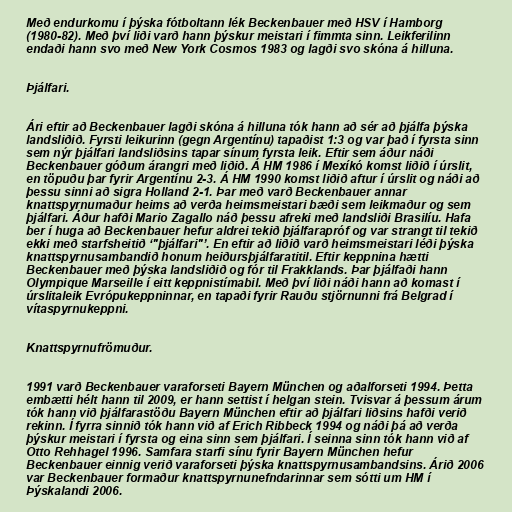
Með endurkomu í þýska fótboltann lék Beckenbauer með HSV í Hamborg
(1980-82). Með því liði varð hann þýskur meistari í fimmta sinn. Leikferilinn
endaði hann svo með New York Cosmos 1983 og lagði svo skóna á hilluna.

Þjálfari.

Ári eftir að Beckenbauer lagði skóna á hilluna tók hann að sér að þjálfa þýska
landsliðið. Fyrsti leikurinn (gegn Argentínu) tapaðist 1:3 og var það í fyrsta sinn
sem nýr þjálfari landsliðsins tapar sínum fyrsta leik. Eftir sem áður náði
Beckenbauer góðum árangri með liðið. Á HM 1986 í Mexíkó komst liðið í úrslit,
en töpuðu þar fyrir Argentínu 2-3. Á HM 1990 komst liðið aftur í úrslit og náði að
þessu sinni að sigra Holland 2-1. Þar með varð Beckenbauer annar
knattspyrnumaður heims að verða heimsmeistari bæði sem leikmaður og sem
þjálfari. Áður hafði Mario Zagallo náð þessu afreki með landsliði Brasilíu. Hafa
ber í huga að Beckenbauer hefur aldrei tekið þjálfarapróf og var strangt til tekið
ekki með starfsheitið ‘"þjálfari"’. En eftir að liðið varð heimsmeistari léði þýska
knattspyrnusambandið honum heiðursþjálfaratitil. Eftir keppnina hætti
Beckenbauer með þýska landsliðið og fór til Frakklands. Þar þjálfaði hann
Olympique Marseille í eitt keppnistímabil. Með því liði náði hann að komast í
úrslitaleik Evrópukeppninnar, en tapaði fyrir Rauðu stjörnunni frá Belgrad í
vítaspyrnukeppni.

Knattspyrnufrömuður.

1991 varð Beckenbauer varaforseti Bayern München og aðalforseti 1994. Þetta
embætti hélt hann til 2009, er hann settist í helgan stein. Tvisvar á þessum árum
tók hann við þjálfarastöðu Bayern München eftir að þjálfari liðsins hafði verið
rekinn. Í fyrra sinnið tók hann við af Erich Ribbeck 1994 og náði þá að verða
þýskur meistari í fyrsta og eina sinn sem þjálfari. Í seinna sinn tók hann við af
Otto Rehhagel 1996. Samfara starfi sínu fyrir Bayern München hefur
Beckenbauer einnig verið varaforseti þýska knattspyrnusambandsins. Árið 2006
var Beckenbauer formaður knattspyrnunefndarinnar sem sótti um HM í
Þýskalandi 2006.